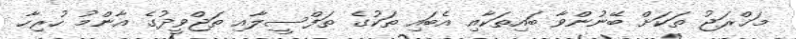
މަޚްރަޖު ތަކަށް ބޭނުންވާ ބައިތަކާއި އެބައި ތަކުގެ ތަފްސީލާއި ތަޖްވީދުގެ އާންމު ހުރިހާ